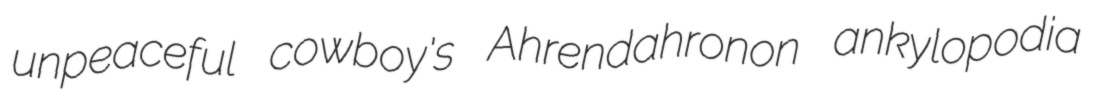
unpeaceful cowboy's Ahrendahronon ankylopodia